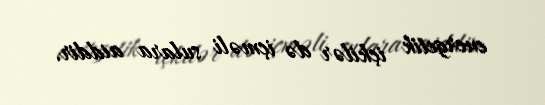
energetik içkilər də içməli sulara aiddir.